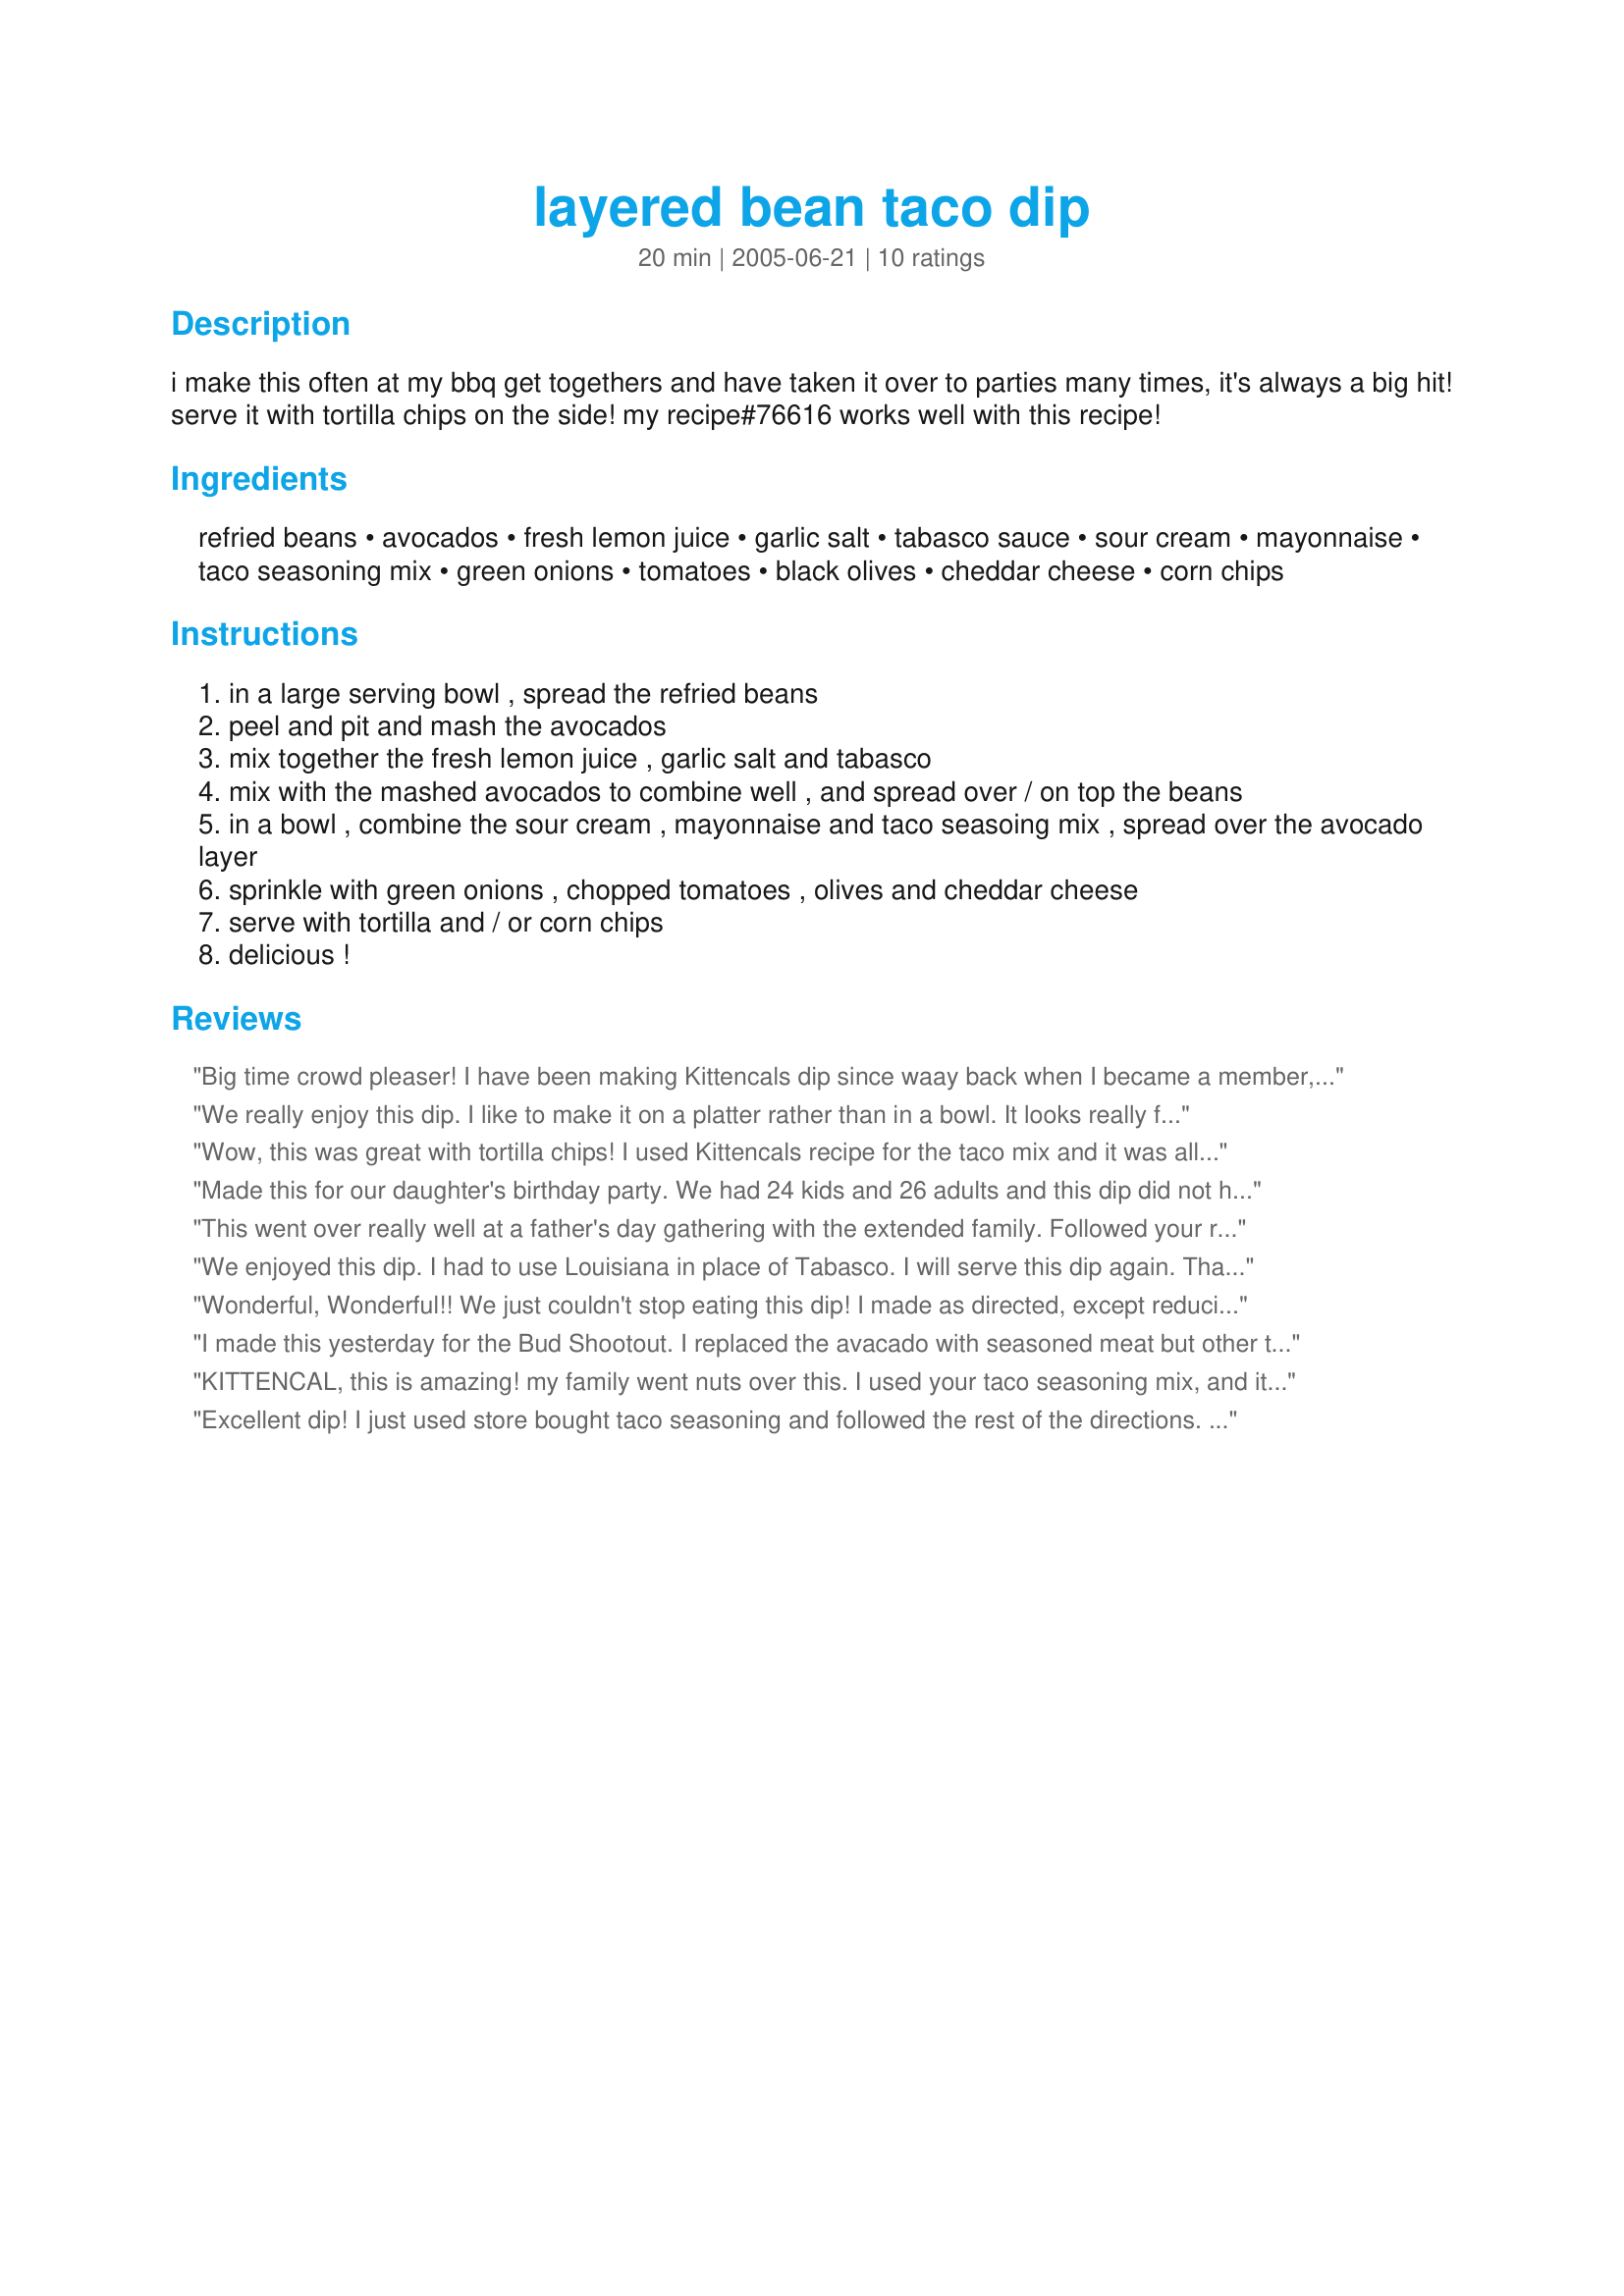
layered bean taco dip
Preparation time: 20 minutes

i make this often at my bbq get togethers and have taken it over to parties many times, it's always a big hit! serve it with tortilla chips on the side! my recipe#76616 works well with this recipe!

Ingredients:
refried beans, avocados, fresh lemon juice, garlic salt, tabasco sauce, sour cream, mayonnaise, taco seasoning mix, green onions, tomatoes, black olives, cheddar cheese, corn chips

Steps:
in a large serving bowl , spread the refried beans
peel and pit and mash the avocados
mix together the fresh lemon juice , garlic salt and tabasco
mix with the mashed avocados to combine well , and spread over / on top the beans
in a bowl , combine the sour cream , mayonnaise and taco seasoing mix , spread over the avocado layer
sprinkle with green onions , chopped tomatoes , olives and cheddar cheese
serve with tortilla and / or corn chips
delicious !

Reviews:
Big time crowd pleaser! I have been making Kittencals dip since waay back when I became a member, probably the first recipe I tried on here. I'm asked EVERYtime to bring m'dip. My boys and hubby request this every weekend too. YUMMO! Thanks Kitten =) You rock my world!
We really enjoy this dip. I like to make it on a platter rather than in a bowl. It looks really festive and tastes great! Thanks-HK
Wow, this was great with tortilla chips! I used Kittencals recipe for the taco mix and it was all really tasty and yummy! I might add a layer of salsa between beans and avocado, next time.
Made this for our daughter's birthday party. We had 24 kids and 26 adults and this dip did not have any leftover. I would say that over half of the adults commented that this was the best taco dip ever. The only thing that I changed was I added hot salsa to the refried beans to made the bean layer easier to pick up with the chips. All I can say is YUM!
This went over really well at a father's day gathering with the extended family. Followed your recipe exactly as written. Layered mine on a clear platter type dish for a pretty presentation. Thanks Kit for a keeper. Made for NewZaar Tags.~
We enjoyed this dip. I had to use Louisiana in place of Tabasco. I will serve this dip again. Thank you for the recipe.
Wonderful, Wonderful!! We just couldn't stop eating this dip! I made as directed, except reducing it by half for only the two of us. I will with most certainty be making this again!! Thank you so much, Kittencal!
I made this yesterday for the Bud Shootout. I replaced the avacado with seasoned meat but other then that followed the recipe exactly. It was great. I have a small portion left over and it tastes even better the second day! Thanks for the great recipe.
KITTENCAL, this is amazing! my family went nuts over this. I used your taco seasoning mix, and it was great, and omitted the olives, as we do not really care for them. Thank you.
Excellent dip! I just used store bought taco seasoning and followed the rest of the directions. It was delicious. We like alot of kick so we topped it with sliced green jalapenos and it was very attractive.
